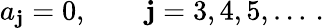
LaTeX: a_{\mathbf{j}}=0,\qquad\mathbf{j}=3,4,5,\dots\, {.}